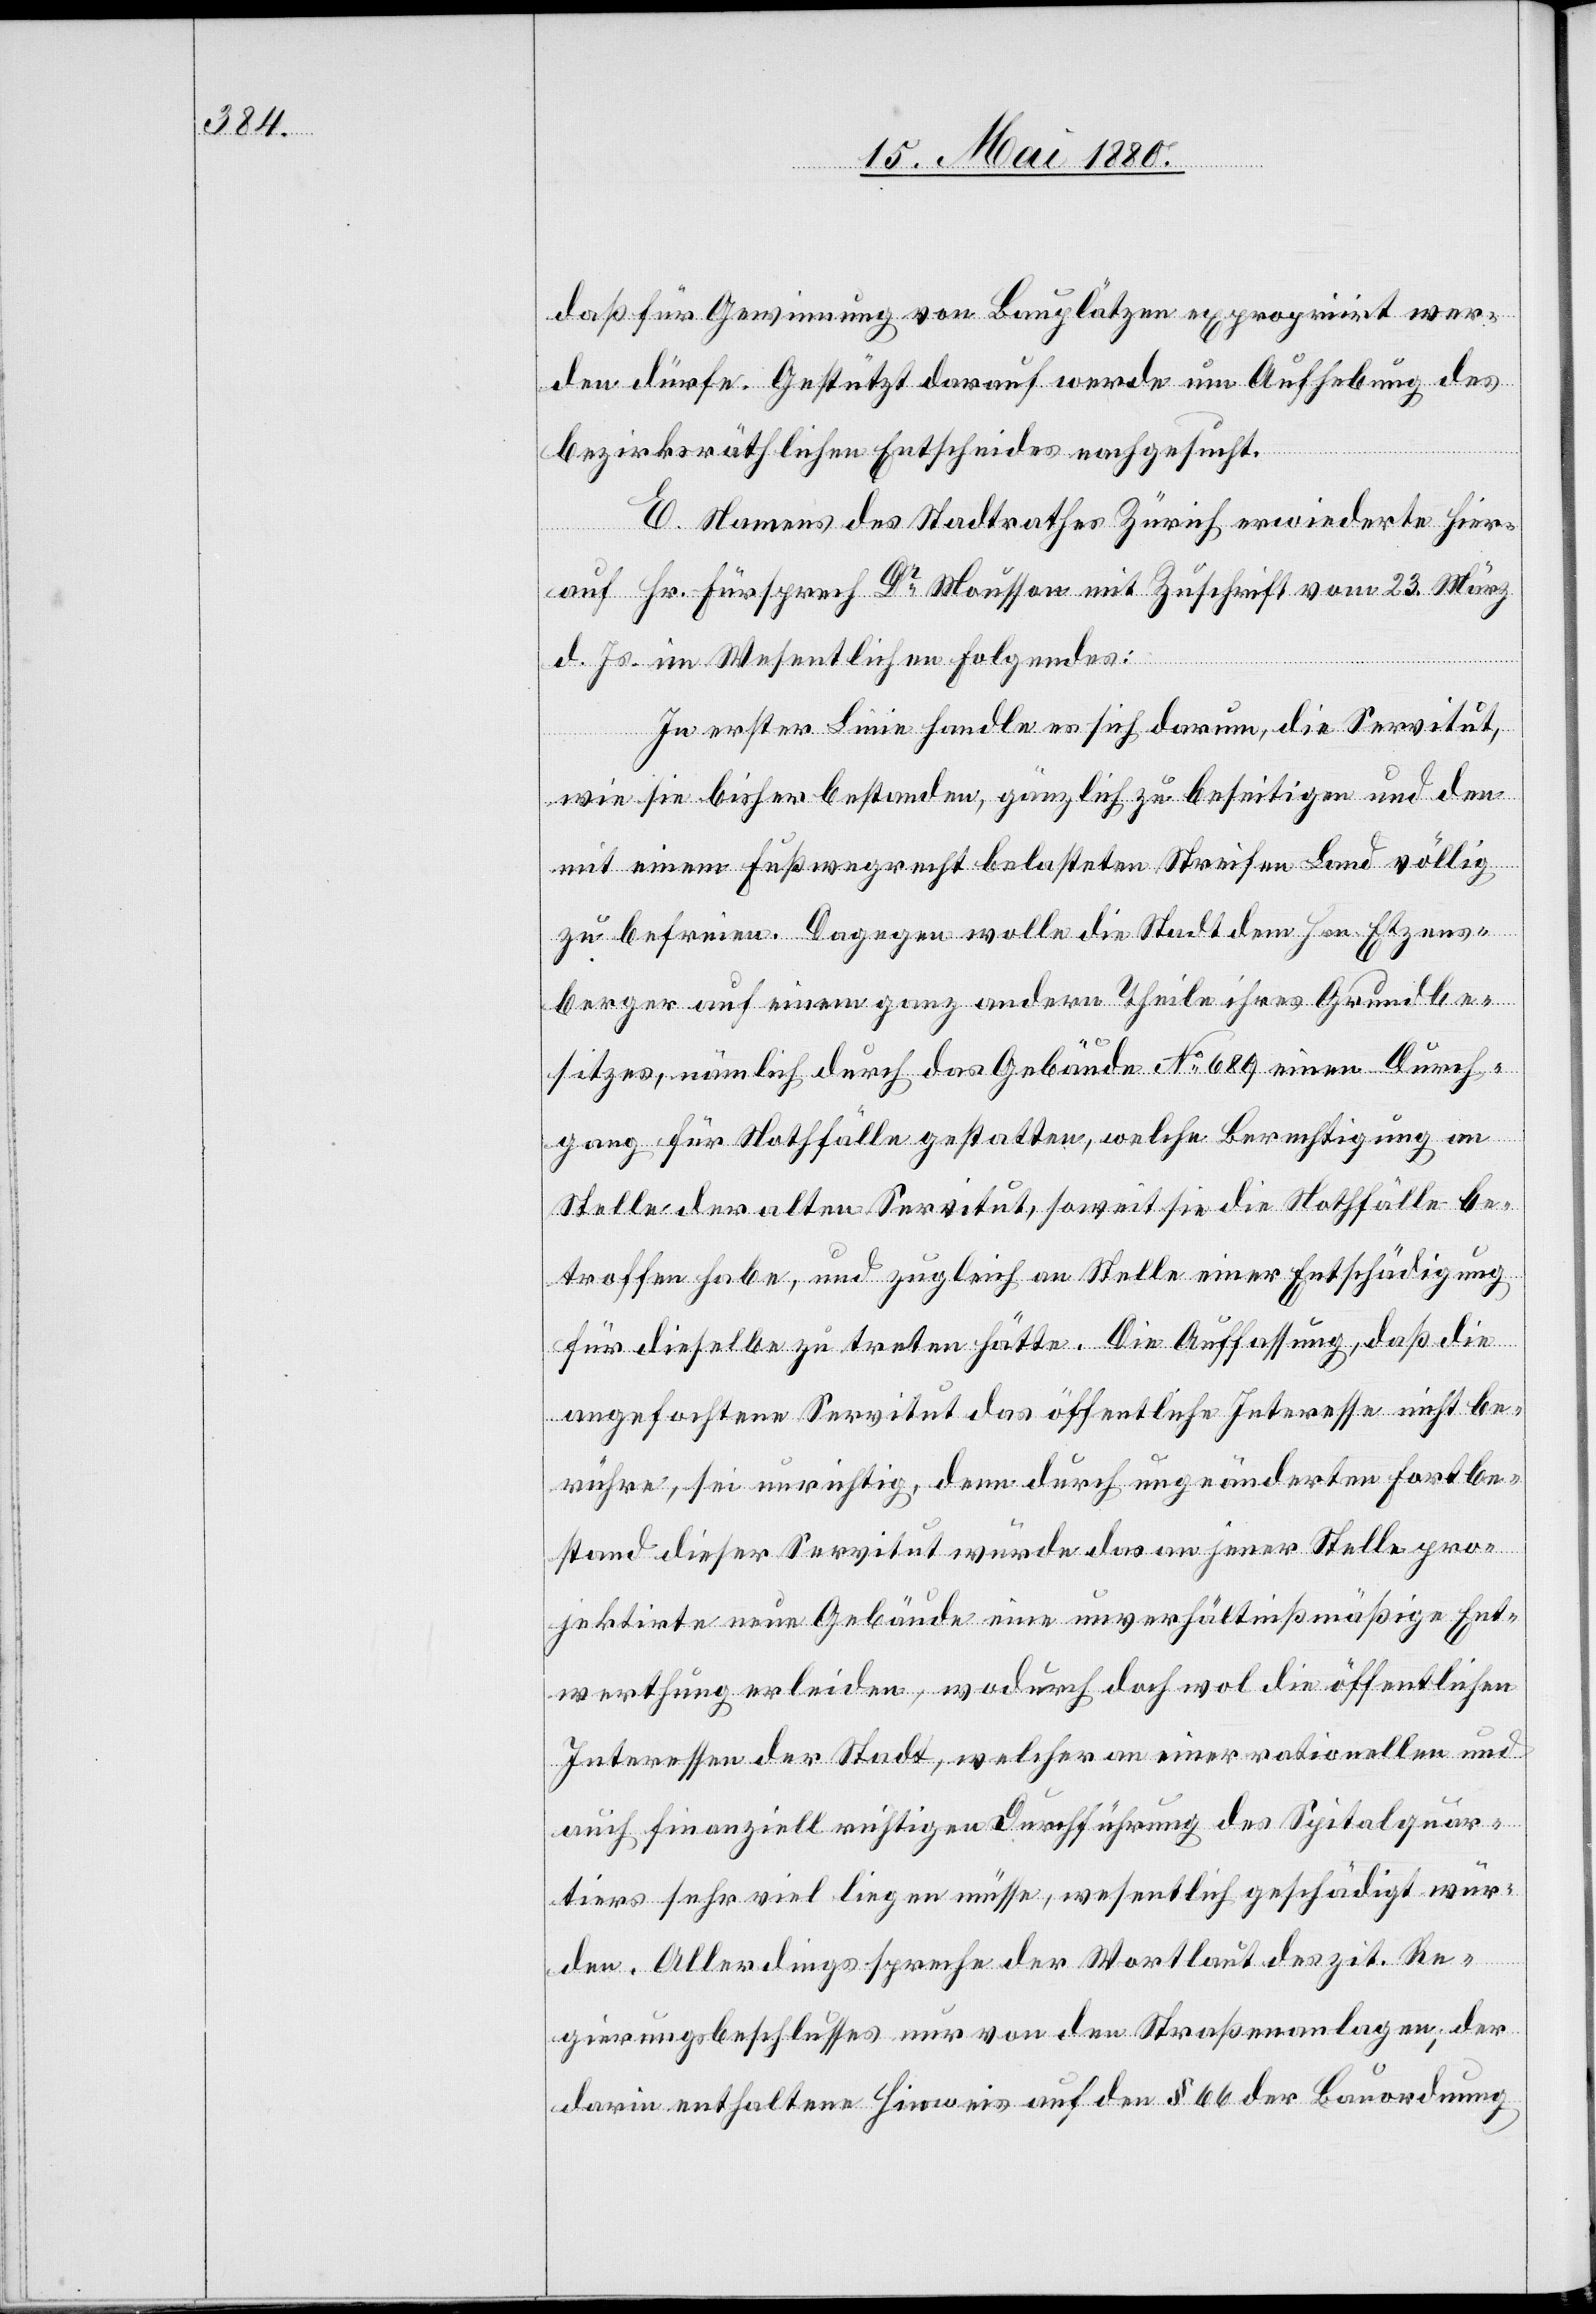
daß für Gewinnung von Bauplätzen expropriirt wer¬
den dürfe. Gestützt darauf werden um Aufhebung des
bezirksräthlichen Entscheides nachgesucht.
E. Namens des Stadtrathes Zürich erwiederte hier¬
auf Hr. Fürsprech Dr Mousson mit Zuschrift vom 23. März
d. Js. im Wesentlichen folgendes:
In erster Linie handle es sich darum, die Servitut,
wie sie bisher bestanden, gänzlich zu beseitigen und den
mit einem Fußwege belasteten Streifen Land völlig
zu befreien. Dagegen wolle die Stadt dem Hrn. Etzens¬
perger auf einem ganz andern Theile ihres Grundbe¬
sitzes, nämlich durch das Gebäude No 689 einen Durch¬
gang für Nothfälle gestatten, welche Berechtigung an
Stelle der alten Servitut, soweit sie die Nothfälle be¬
troffen habe, und zugleich an Stelle einer Entschädigung
für dieselbe zu treten hätte. Die Auffassung, daß die
angefochtene Servitut das öffentliche Interesse nicht be¬
rühre, sei unrichtig, denn durch ungeänderten Fortbe¬
stand dieser Servitut würde das an jener Stelle pro¬
jektirte neue Gebäude eine unverhältnißmäßige Ent¬
werthung erleiden, wodurch doch wol die öffentlichen
Interessen der Stadt, welche an einer rationellen und
auch finanziell richtigen Durchführung des Spitalquar¬
tiers sehr viel liegen müsse, wesentlich geschädigt wür¬
den. Allerdings spreche der Wortlaut des zit. Re¬
gierungsbeschlusses nur von den Straßenanlagen; der
darin enthaltene Hinweis auf den § 66 der Bauordnung